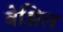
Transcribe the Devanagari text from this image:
बेझिल